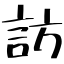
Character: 訪